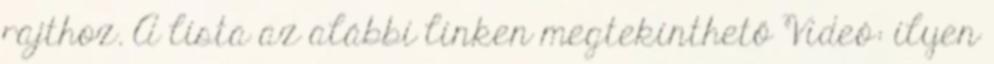
rajthoz. A lista az alábbi linken megtekinthető Videó: ilyen